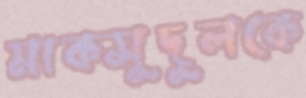
মাকসুদুলকে